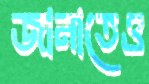
জানাতেও